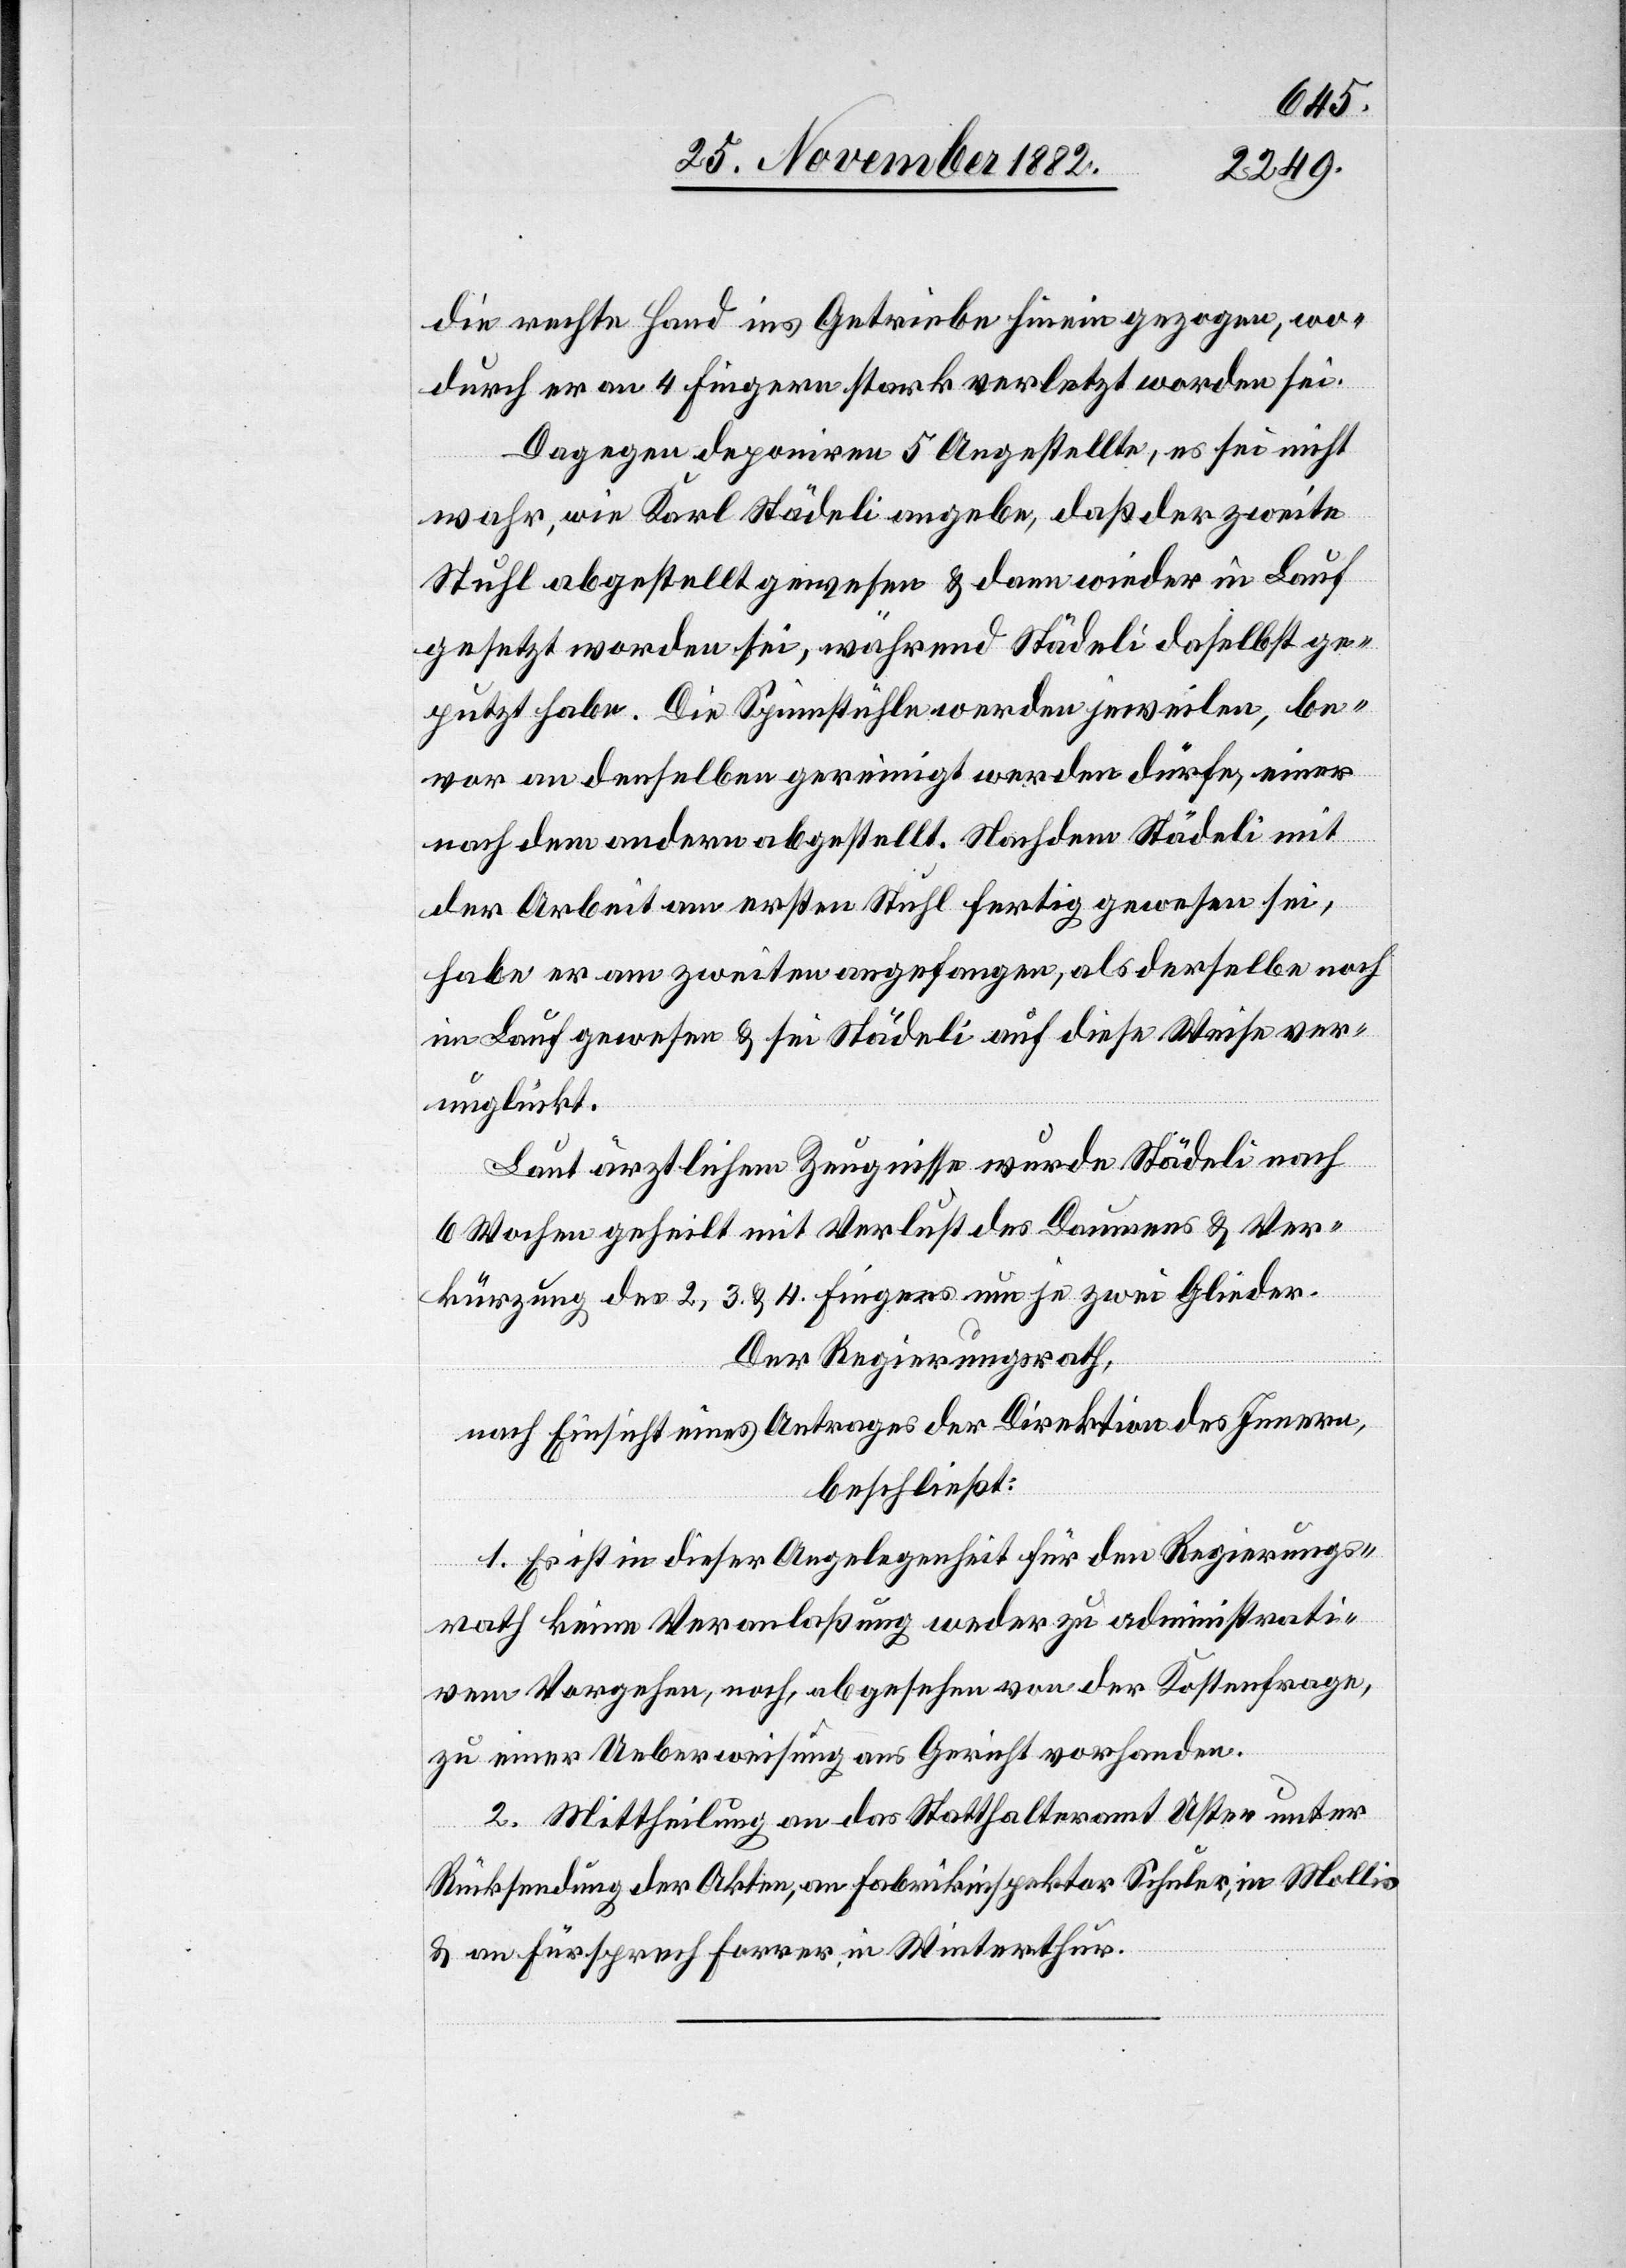
die rechte Hand ins Getriebe hinein gezogen, wo¬
durch er an 4 Fingern stark verletzt worden sei.
Dagegen deponiren 5 Angestellte, es sei nicht
wahr, wie Karl Städeli angebe, daß der zweite
Stuhl abgestellt gewesen & dann wieder in Lauf
gesetzt worden sei, während Städeli daselbst ge¬
putzt habe. Die Spinnstühle werden jeweilen, be¬
vor an denselben gereinigt werden dürfe, einer
nach dem andern abgestellt. Nachdem Städeli mit
der Arbeit am ersten Stuhl fertig gewesen sei,
habe er am zweiten angefangen, als derselbe noch
im Lauf gewesen & sei Städeli auf diese Weise ver¬
unglückt.
Laut ärztlichem Zeugnisse wurde Städeli nach
6 Wochen geheilt mit Verlust des Daumens & Ver¬
kürzung des 2, 3. & 4. Fingers um je zwei Glieder.
Der Regierungsrath,
nach Einsicht eines Antrages der Direktion des Innern,
beschließt:
1. Es ist in dieser Angelegenheit für den Regierungs¬
rath keine Veranlaßung weder zu administrati¬
vem Vorgehen, noch, abgesehen von der Kostenfrage,
zu einer Ueberweisung ans Gericht vorhanden.
2. Mittheilung an das Statthalteramt Uster unter
Rücksendung der Akten, an Fabrikinspektor Schuler, in Mollis
& an Fürsprech Forrer, in Winterthur.